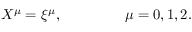
X ^ { \mu } = \xi ^ { \mu } , \qquad \qquad \ \mu = 0 , 1 , 2 .